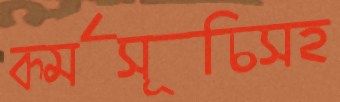
কর্মসূচিসহ